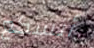
أتسكع